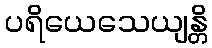
ပရိယေသေယျန္တိ